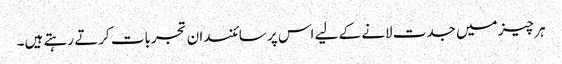
ہر چیز میں جدت لانے کے لیے اس پر سائنسدان تجربات کرتے رہتے ہیں۔